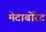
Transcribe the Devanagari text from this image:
मेटाबोरेट